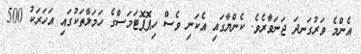
އެންމެ ވަރުގަނދަ ޖަނަވާރެވެ. ކެންޔާގައި އެކަނި ވެސް ހިޕޮޕޮޓަމަސްގެ ހަމަލާތަކުގައި އަހަރަކު 500